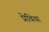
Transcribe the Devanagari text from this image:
प्रेविया